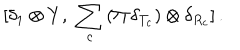
LaTeX: [ \delta _ { 1 } \otimes Y , \, \, \sum _ { c } \, ( \Pi \, \delta _ { T _ { c } } ) \otimes \delta _ { R _ { c } } ] \, .